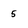
Character: 5